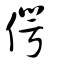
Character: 偔